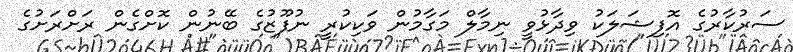
ސަރުކާރުގެ އޮފިޝަލަކު ވިދާޅުވީ ނިމާލް މަގާމުން ވަކިކުރީ ނުފޫޒުގެ ބޭނުން ކޮށްގެން ރަށްރަށުގެ